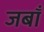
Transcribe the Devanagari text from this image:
जबाँ